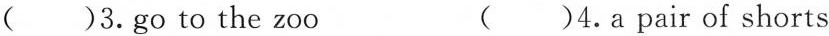
( )3.go to the zoo ( )4.a pair of shorts